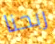
ربحنا